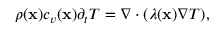
\begin{array} { r } { \rho ( \mathbf x ) c _ { v } ( \mathbf x ) \partial _ { t } T = \nabla \cdot ( \lambda ( \mathbf x ) \nabla T ) , } \end{array}